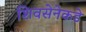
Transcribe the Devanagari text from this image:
शिवसेनेकडे